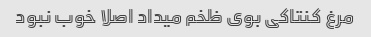
مرغ کنتاکی بوی ظخم میداد اصلا خوب نبود